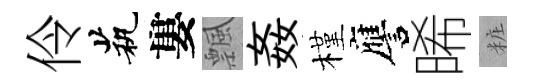
伶茕婁飄姦槿譍晞粧